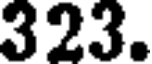
323.